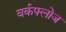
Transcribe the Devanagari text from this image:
वर्कफ्लोज